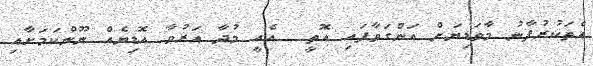
އެތަކުރުފާނު މާވަޑިޔަށް އަންގަވާފައި އޮތީ  އެއީ މުދާ އަރުވާ އޮޑިޔެއް ނޫންކަމަށާއި